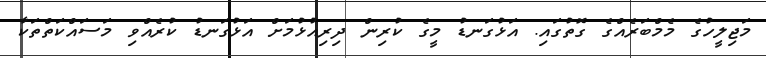
މަޖިލީހުގެ މެމްބަރެއްގެ ގޮތުގައި. އަޅުގަނޑު މީގެ ކުރިން ދިރިއުޅުމަށް އަޅުގަނޑު ކުރެއްވި މަސައްކަތްތަކާ